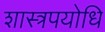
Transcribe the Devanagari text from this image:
शास्त्रपयोधि